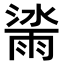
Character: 𣾙